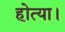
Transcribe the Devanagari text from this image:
होत्या।